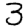
Digit: 3